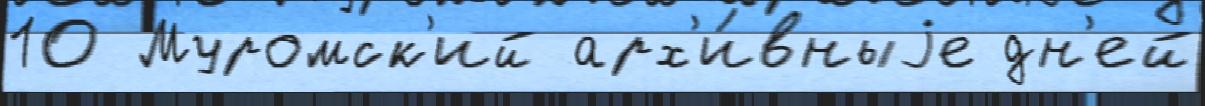
10 Муромск'ий арх'и́вныjе дн'ей